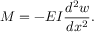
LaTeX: M = - E I { \frac { d ^ { 2 } w } { d x ^ { 2 } } } .